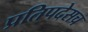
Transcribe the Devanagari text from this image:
प्रतिपदेसच